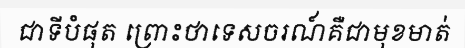
ជាទីបំផុត ព្រោះថាទេសចរណ៍គឺជាមុខមាត់